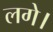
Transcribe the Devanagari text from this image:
लगे।